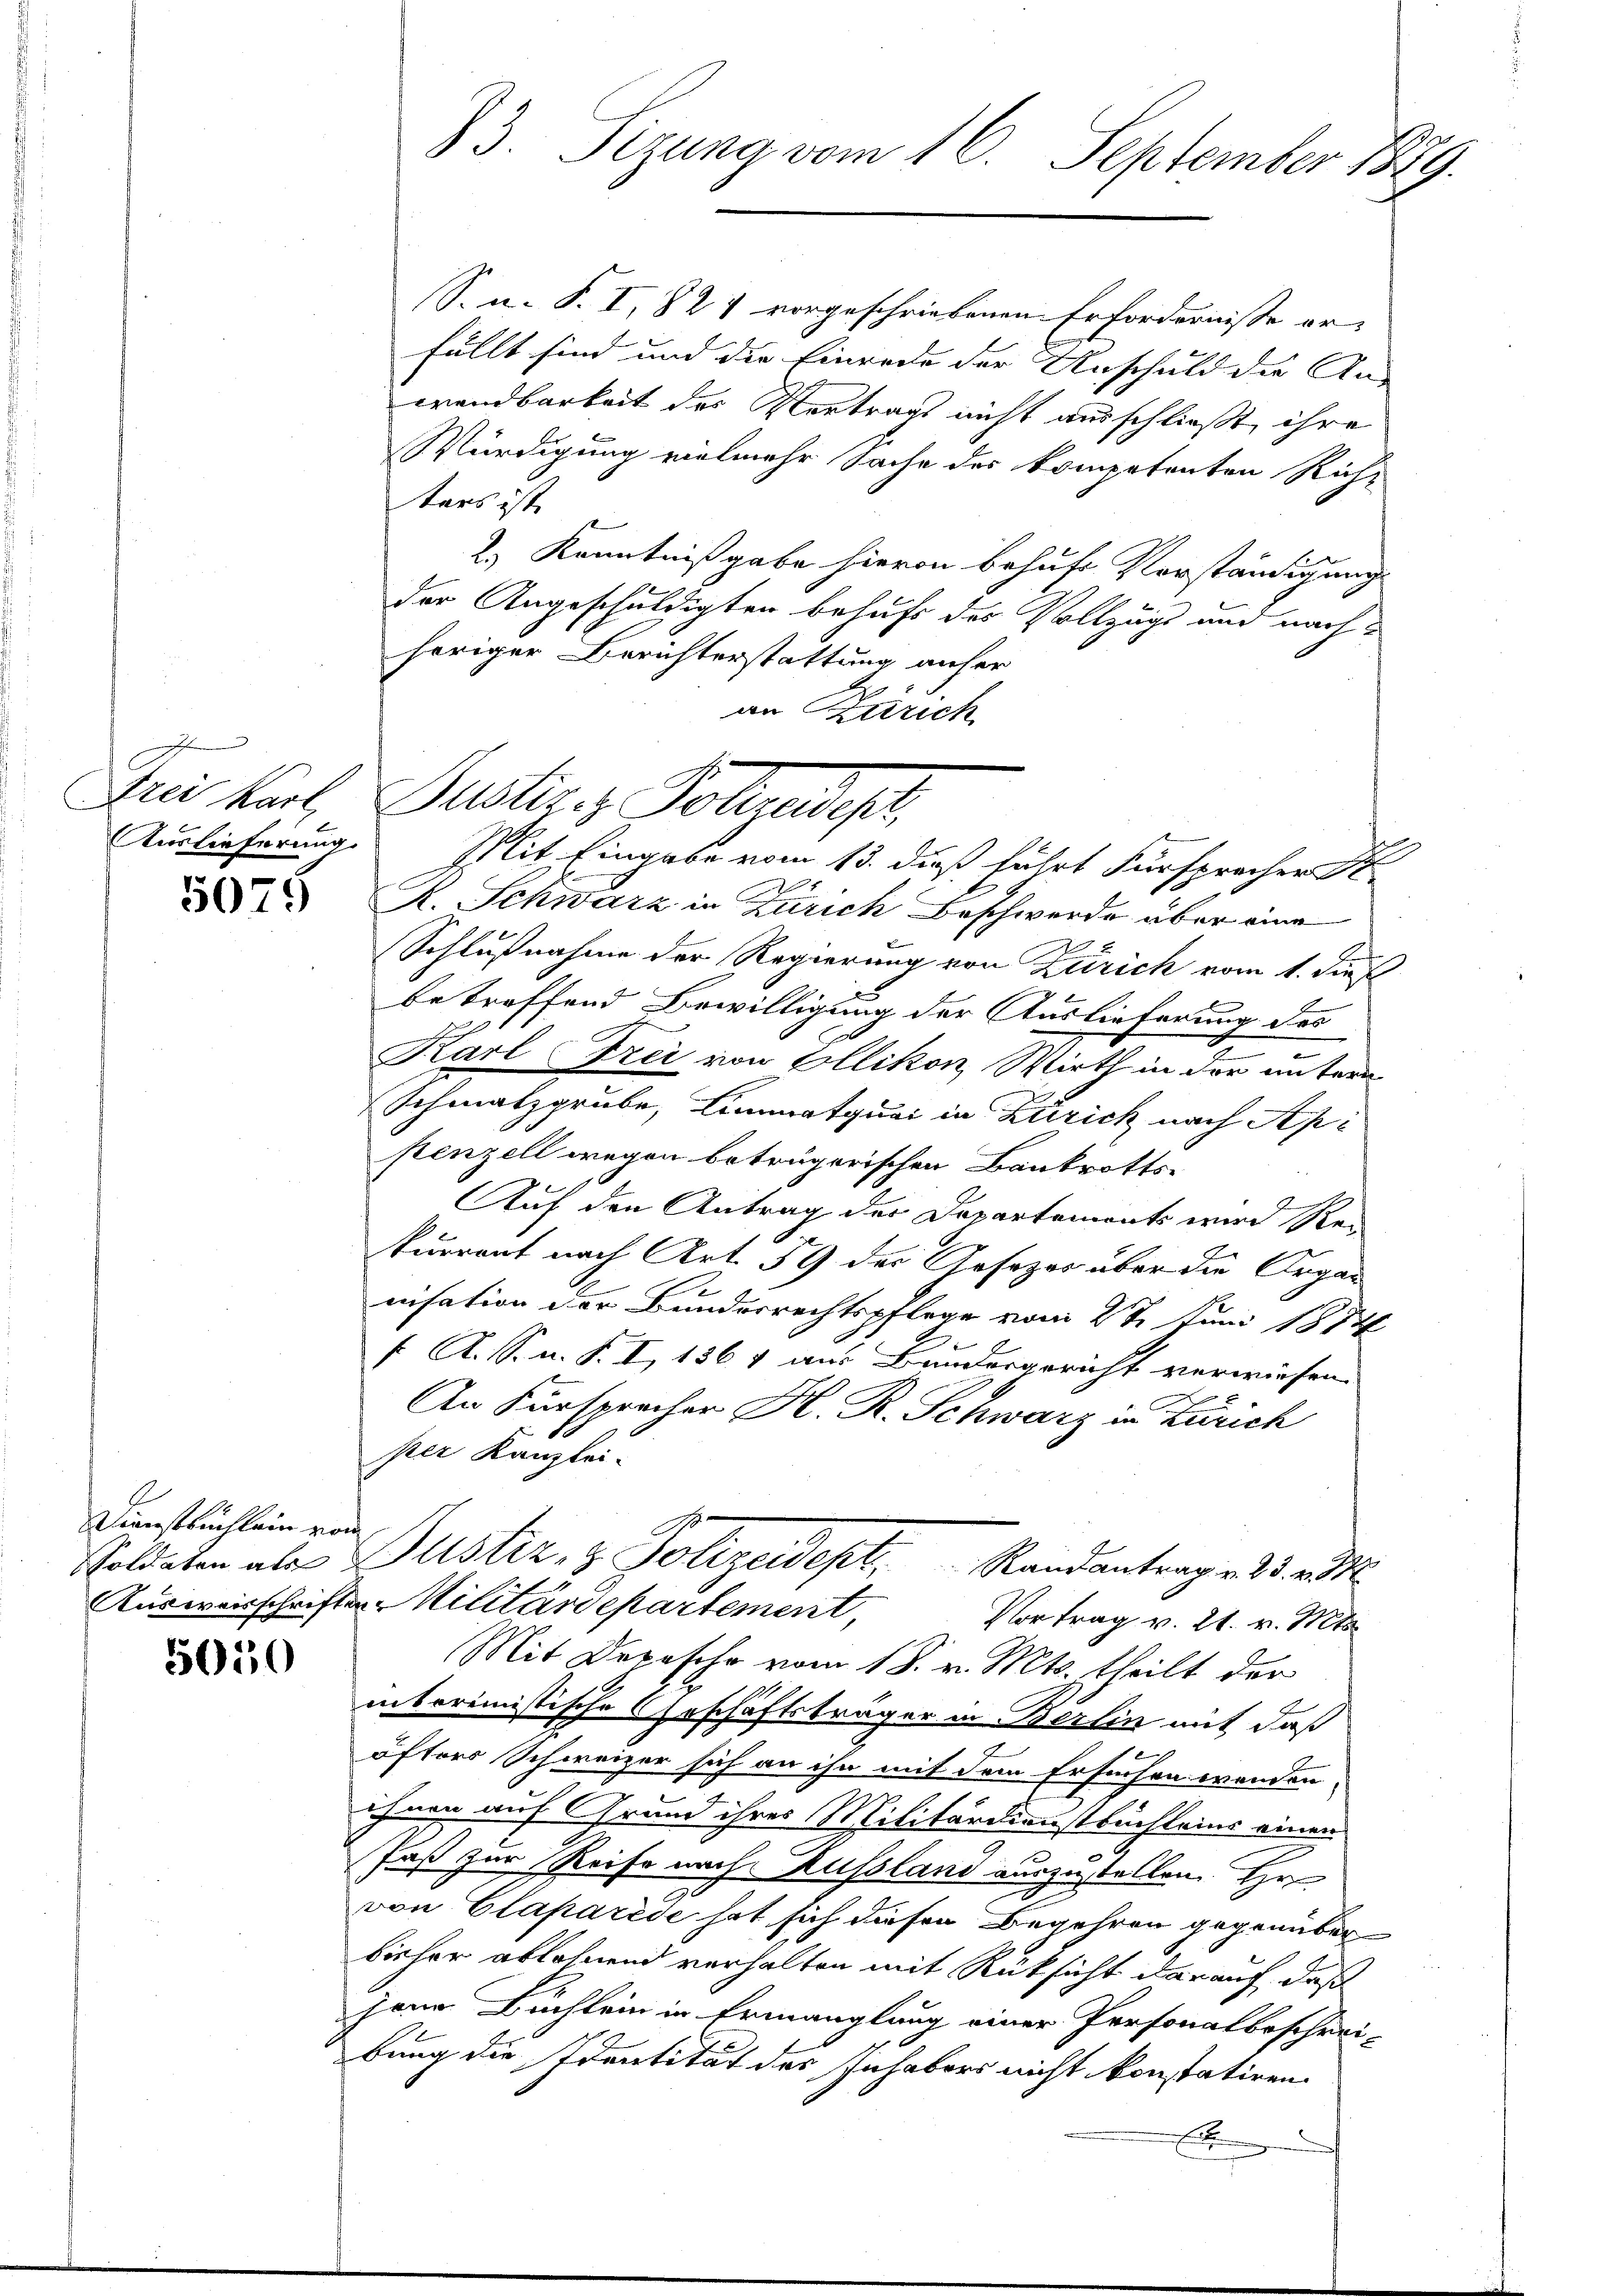
Frei Karl,
Auslieferung.

5075

Dienstbüchlein von

5050

S. n. F. I, 824 vorgeschriebenen Erfordernisse er-
fällt sind und die Einrede der Anschuld die An-
wandbarkeit der Vertrags nicht ausschließt, ihre
Würdigung vielmehr Sache der kompetenten Richt
ters ist
2.) Kenntnißgabe hievon behufe Vorständigung
l
der Angeschuldigten behufs des Vollzugs und nachheriger Berichterstattung anfer
an Zürich
Basser Folgeregt,
R. Schwarz in Zürich Beschwerde aber eine
Schlußnahme der Regierung von Zürich vom 1. Dies
betreffend Bewilligung der Auslieferung des
Karl Frei von Ellikon, Wirth in der untern
Schmalzgrube, Limmatquai in Zizick nach Ap
stenzell wegen betrügerischen Bankrotts¬
Auf den Antrag der Departements wird Rei
kurrent nach Art. 59 der Gesezes über die Organ
.
nisation der Bundesrechtspflege vom 2t Juni 1874
f A. S. n. F. I, 1864 aus Bundesgericht verwiesen.
An Fürspracher H. R. Schwarz in Zürich
per Kanzlei-
Soldaten als Justiz- & Polizeidept. Randantrag v. 23. v. 1
Ausweisschriften Militärdepartement,
Vortrag v. 24. v. Mts.
Mit Depesche vom 18. v. Mts. theilt der
interimistische Geschäftsträger in Berlin mit daß
Bern
öfters Schweizer sich an ihn mit dem Ersuchen wenden,
ihnen auf Grund ihres Militärdienstbuchleins einen
2
Faß zur Reise nach Russland auszustellen. Hr.
von Claparede hat sich diesen Begehren gegenüber
bisher ablehnend verhalten mit Rüksicht darauf, daß
jene Buchlein in Ermanglung einer Personalbeschrei-
bung die Identität der Inhabers nicht konstatiren.
E

83. Sizung vom 16. September 1889.

Mit Eingabe vom 15. dieß führt Fürsprocher St